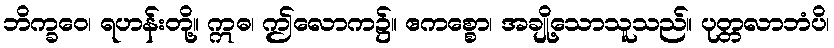
ဘိက္ခဝေ၊ ရဟန်းတို့။ ဣဓ၊ ဤလောက၌။ ဧကစ္စော၊ အချို့သောသူသည်။ ပုတ္တလာဘံပိ၊